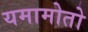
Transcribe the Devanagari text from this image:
यमामोतो